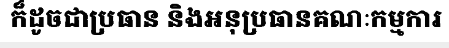
ក៏ដូចជាប្រធាន និងអនុប្រធានគណៈកម្មការ